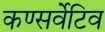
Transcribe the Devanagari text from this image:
कण्सर्वेटिव